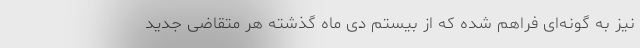
نیز به گونه‌ای فراهم شده که از بیستم دی ماه گذشته هر متقاضی جدید